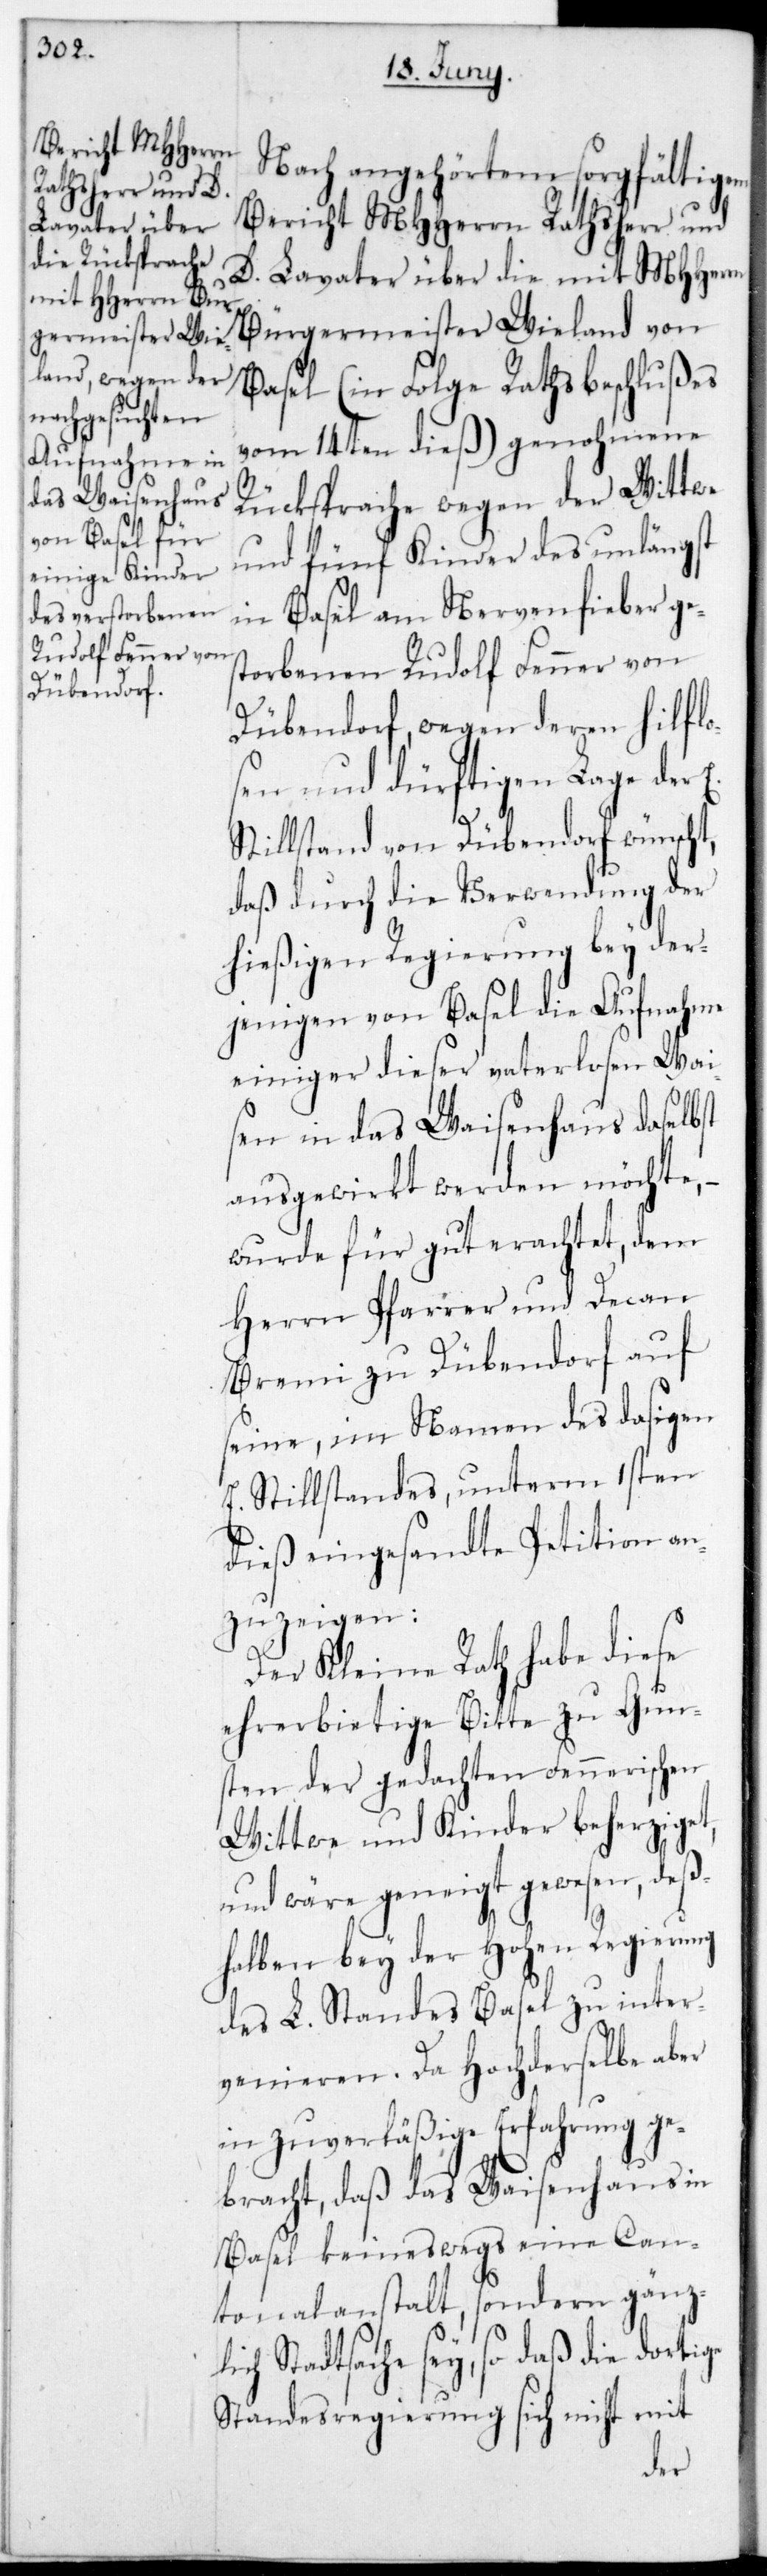
Nach angehörtem sorgfältigen
Bericht MHHerrn Rathsherr und
D. Lavater über die mit MHHerrn
Bürgermeister Wieland von
Basel (in Folge Rathsbeschlußes
vom 14ten dieß) genohmene
Rücksprache wegen der Wittwe
und fünf Kinder des unlängst
in Basel am Nervenfieber ge¬
storbenen Rudolf Fenner von
Dübendorf, wegen deren hilflo¬
sen und dürftigen Lage der
Stillstand von Dübendorf wünscht,
daß durch die Verwendung der
hießigen Regierung bey der¬
jenigen von Basel die Aufnahme
einiger dieser vaterlosen Wai¬
sen in das Waisenhaus daselbst
ausgewirkt werden möchte,
wurde für gut erachtet, dem
Herrn Pfarrer und Decan
Bremi zu Dübendorf auf
seine, im Namen des dasigen
E. Stillstandes, unterm 1sten
dieß eingesandte Petition an¬
zuzeigen:
Der Kleine Rath habe diese
ehrerbietige Bitte zu Gun¬
sten der gedachten Fennerischen
Wittwe und Kinder beherziget,
und wäre geneigt gewesen, des¬
halben bey der Hohen Regierung
des L. Standes Basel zu inter¬
venieren. Da Hochderselbe aber
in zuverläßige Erfahrung ge¬
bracht, daß das Waisenhaus in
Basel keineswegs eine Can¬
tonalanstalt, sondern gänzl¬
ich Stadtsache sey, so daß die dortige
Standesregierung sich nicht mit